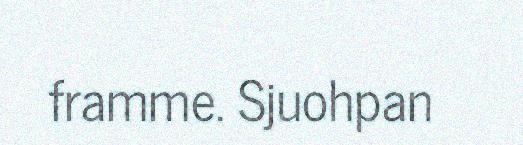
framme. Sjuohpan